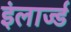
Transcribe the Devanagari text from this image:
इंलार्ज्ड